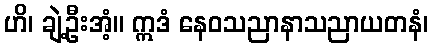
ဟိ၊ ချဲ့ဦးအံ့။ ဣဒံ နေဝသညာနာသညာယတနံ၊